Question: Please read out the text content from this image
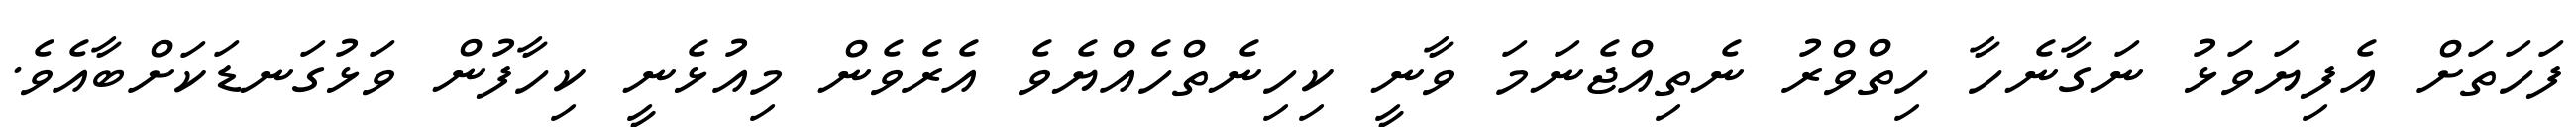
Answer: ފަހަތަށް އެފިޔަވަޅު ނަގާނެހާ ހިތްވްރު ނެތިއްޖެނަމަ ވާނީ ކިހިނެތްހެއްޔެވެ އެރެވެން މިއުޅެނީ ކިހާފުން ވަޅުގަނޑަކަށްބާއެވެ.